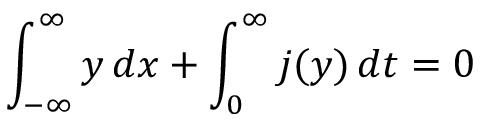
\int _ { - \infty } ^ { \infty } y \, d x + \int _ { 0 } ^ { \infty } j ( y ) \, d t = 0